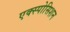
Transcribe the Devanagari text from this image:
एक्स्पोसिशन